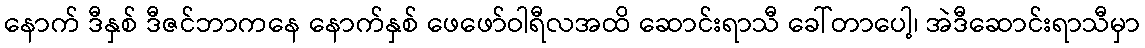
နောက် ဒီနှစ် ဒီဇင်ဘာကနေ နောက်နှစ် ဖေဖော်ဝါရီလအထိ ဆောင်းရာသီ ခေါ်တာပေါ့၊ အဲဒီဆောင်းရာသီမှာ